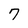
Character: 7